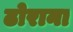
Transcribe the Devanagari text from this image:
ढोराना